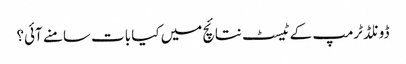
ڈونلڈ ٹرمپ کے ٹیسٹ نتائچ میں کیا بات سامنے آئی؟